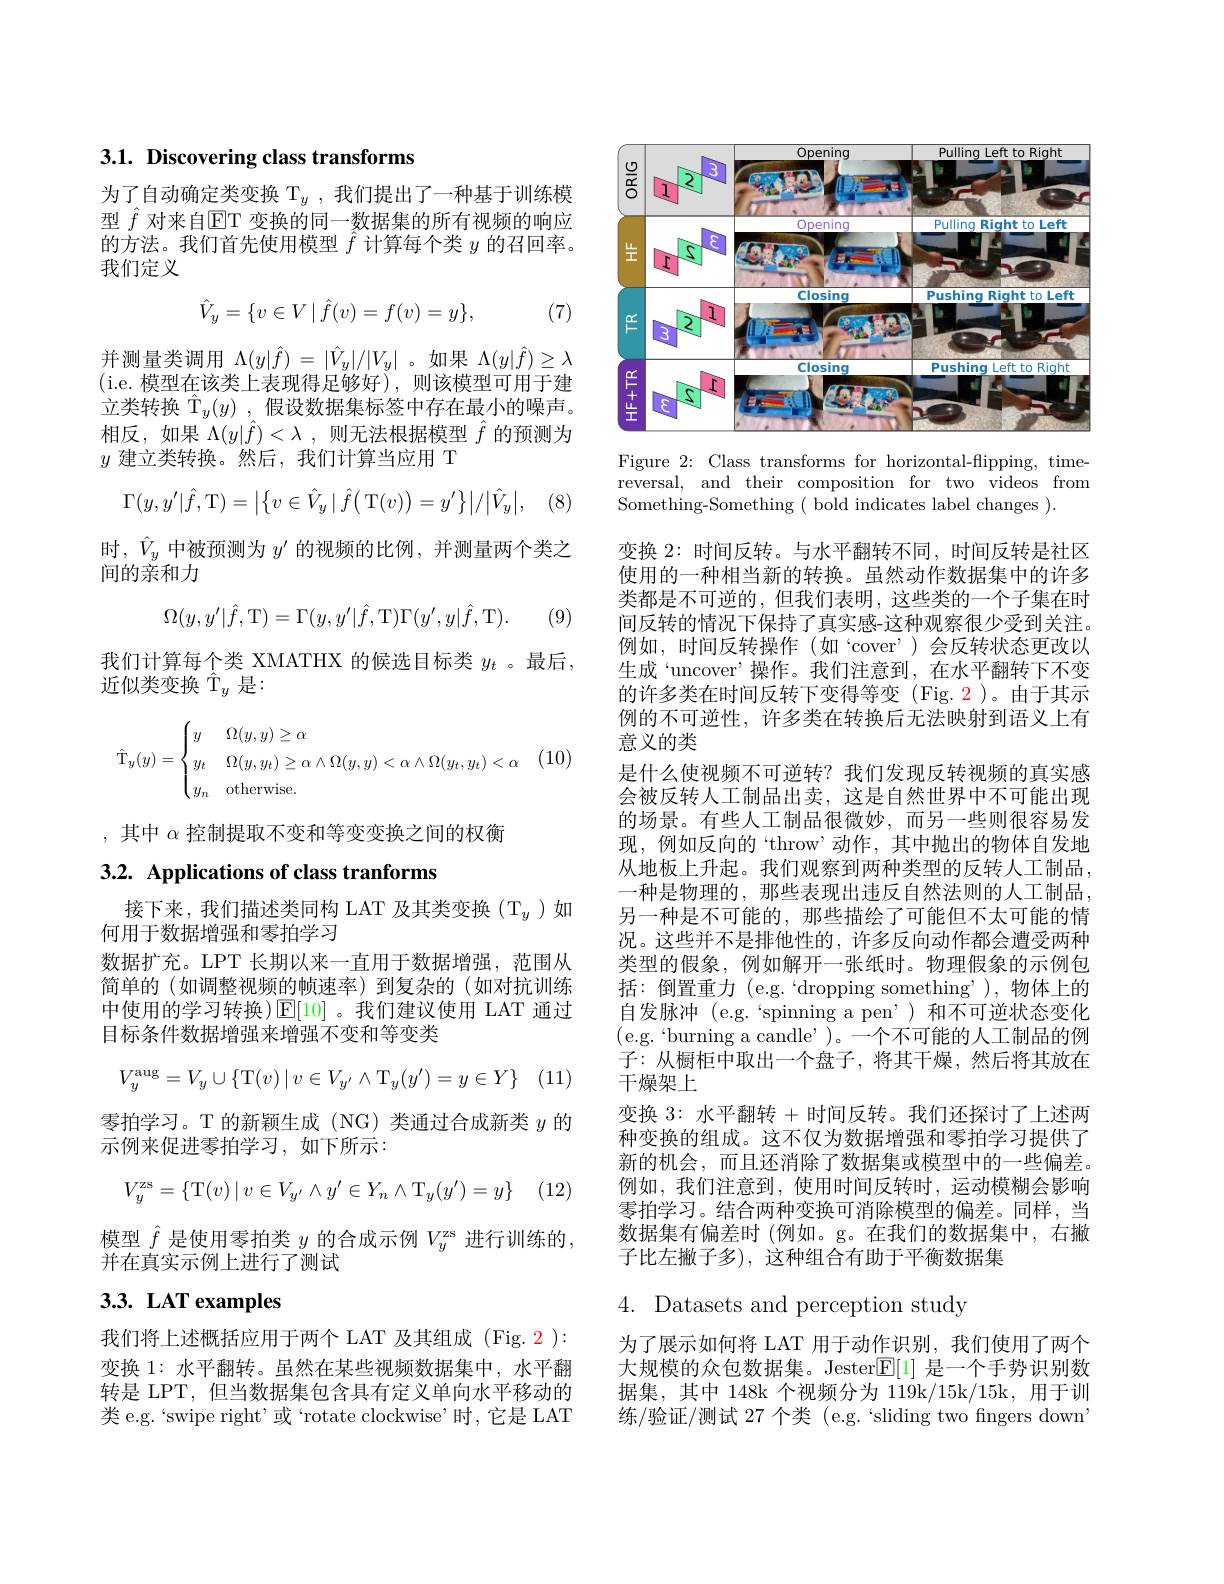
## 3.1. Discovering class transforms

为了自动确定类变换$\mathcal{T}_y$,我们提出了一种基于训练模型 $\hat{f}$ 对来自$\mathbb{E}$T 变换的同一数据集的所有视频的响应的方法。我们首先使用模型$\hat{f}$计算每个类$y$的召回率。我们定义

(7)
$$\hat V_y=\{v\in V\mid\hat f(v)=f(v)=y\},$$
并测量类调用$\Lambda(y|\hat{f})=|\hat{V}_y|/|V_y|$ 。如果$\Lambda(y|\hat{f})\geq\lambda$ (i.e. 模型在该类上表现得足够好),则该模型可用于建立类转换$\hat{\mathcal{T} } _{y}( y)$ ,假设数据集标签中存在最小的噪声。相反，如果$\Lambda(y|\hat{f})<\lambda$,则无法根据模型$\hat{f}$的预测为$y$建立类转换。然后，我们计算当应用 T
$$\Gamma(y,y'|\hat{f},\mathrm{T})=\left|\left\{v\in\hat{V}_{y}\mid\hat{f}\big(\mathrm{T}(v)\big)=y'\right\}\right|/\left|\hat{V}_{y}\right|,$$
时，$\hat{V}_y$中被预测为$y^\prime$的视频的比例，并测量两个类之
间的亲和力
$$\Omega(y,y'|\hat{f},\mathrm T)=\Gamma(y,y'|\hat{f},\mathrm T)\Gamma(y',y|\hat{f},\mathrm T).$$
(9.

我们计算每个类 XMATHX 的候选目标类$y_t$ 。最后，
近似类变换$\hat{\mathrm{T}}_y$是：
$$\hat{\mathrm{T}}_y(y)=\begin{cases}y&\Omega(y,y)\geq\alpha\\y_t&\Omega(y,y_t)\geq\alpha\wedge\Omega(y,y)<\alpha\wedge\Omega(y_t,y_t)<\alpha\\y_n&\text{otherwise.}\end{cases}$$
,其中$\alpha$控制提取不变和等变变换之间的权衡

## 3.2. Applications of class tranforms

接下来，我们描述类同构 LAT 及其类变换(T$_y$)如
何用于数据增强和零拍学习
数据扩充。LPT 长期以来一直用于数据增强，范围从简单的(如调整视频的帧速率)到复杂的(如对抗训练中使用的学习转换)$\operatorname{E}[10]$ 。我们建议使用 LAT 通过目标条件数据增强来增强不变和等变类
$$V_y^{\mathrm{aug}}=V_y\cup\{\mathrm{T}(v)\:|\:v\in V_{y'}\wedge\mathrm{T}_y(y')=y\in Y\}$$
零拍学习。T 的新颖生成 (NG)类通过合成新类$y$的
示例来促进零拍学习，如下所示：
$$V_y^\mathrm{zs}=\{\mathrm T(v)\:|\:v\in V_{y'}\wedge y'\in Y_n\wedge\mathrm T_y(y')=y\}$$
模型$\hat{f}$是使用零拍类$y$的合成示例$V_y^\mathrm{zs}$进行训练的
并在真实示例上进行了测试

# $3. 3. \textbf{ LAT examples}$

我们将上述概括应用于两个 LAT 及其组成 (Fig. 2 ): 变换 1: 水平翻转。虽然在某些视频数据集中，水平翻转是 LPT, 但当数据集包含具有定义单向水平移动的类 e.g.`swipe right'或“rotate clockwise’时，它是 LAT

<FigureHere>

Figure 2: Class transforms for horizontal-flipping, timereversal, and their composition for two videos from Something-Something ( bold indicates label changes ).

变换 2: 时间反转。与水平翻转不同，时间反转是社区使用的一种相当新的转换。虽然动作数据集中的许多类都是不可逆的，但我们表明，这些类的一个子集在时间反转的情况下保持了真实感-这种观察很少受到关注。例如，时间反转操作(如“cover’)会反转状态更改以生成“uncover’操作。我们注意到，在水平翻转下不变的许多类在时间反转下变得等变(Fig.2)。由于其示例的不可逆性，许多类在转换后无法映射到语义上有意义的类
是什么使视频不可逆转？我们发现反转视频的真实感会被反转人工制品出卖，这是自然世界中不可能出现的场景。有些人工制品很微妙，而另一些则很容易发现，例如反向的“throw’动作，其中抛出的物体自发地从地板上升起。我们观察到两种类型的反转人工制品一种是物理的、那些表现出违反自然法则的人工制品另一种是不可能的，那些描绘了可能但不太可能的情况。这些并不是排他性的，许多反向动作都会遭受两种类型的假象，例如解开一张纸时。物理假象的示例包括：倒置重力(e.g.`dropping something'),物体上的自发脉冲 (e.g.`spinning a pen')和不可逆状态变化(e.g.“burning a candle”)。一个不可能的人工制品的例子：从橱柜中取出一个盘子，将其干燥，然后将其放在干燥架上
变换 3: 水平翻转+时间反转。我们还探讨了上述两种变换的组成。这不仅为数据增强和零拍学习提供了新的机会，而且还消除了数据集或模型中的一些偏差。例如，我们注意到，使用时间反转时，运动模糊会影响零拍学习。结合两种变换可消除模型的偏差。同样，当数据集有偏差时(例如。g。在我们的数据集中，右撇子比左撇子多),这种组合有助于平衡数据集
4. Datasets and perception study

为了展示如何将 LAT 用于动作识别，我们使用了两个

大规模的众包数据集。Jester$\mathbb{E}[1]$是一个手势识别数

据集，其中 148k 个视频分为 119k/15k/15k, 用于训

练/验证/测试 27 个类 (e.g.`sliding two fngers downi